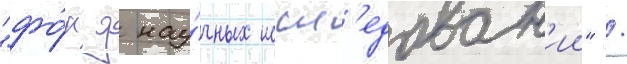
"фо́нд нау́чных иссл'едован'ии" /